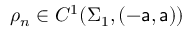
\rho _ { n } \in C ^ { 1 } ( \Sigma _ { 1 } , ( - \mathsf { a } , \mathsf { a } ) )